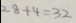
2 8 + 4 = 3 2